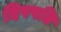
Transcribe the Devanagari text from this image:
दिपपति